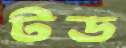
টড